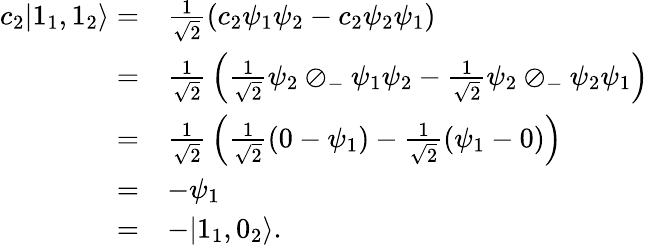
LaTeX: \begin{array}{rl}{c_{2}|1_{1},1_{2}\rangle=}&{{\frac{1}{\sqrt{2}}}(c_{2}\psi_{1}\psi_{2}-c_{2}\psi_{2}\psi_{1})}\\ {=}&{{\frac{1}{\sqrt{2}}}\left({\frac{1}{\sqrt{2}}}\psi_{2}\oslash_{-}\psi_{1}\psi_{2}-{\frac{1}{\sqrt{2}}}\psi_{2}\oslash_{-}\psi_{2}\psi_{1}\right)}\\ {=}&{{\frac{1}{\sqrt{2}}}\left({\frac{1}{\sqrt{2}}}(0-\psi_{1})-{\frac{1}{\sqrt{2}}}(\psi_{1}-0)\right)}\\ {=}&{-\psi_{1}}\\ {=}&{-|1_{1},0_{2}\rangle.}\end{array}